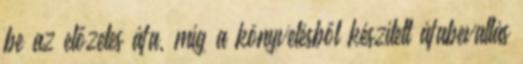
be az előzetes áfa, míg a könyvelésből készített áfabevallás